Scottish Certificate of Education, 1962
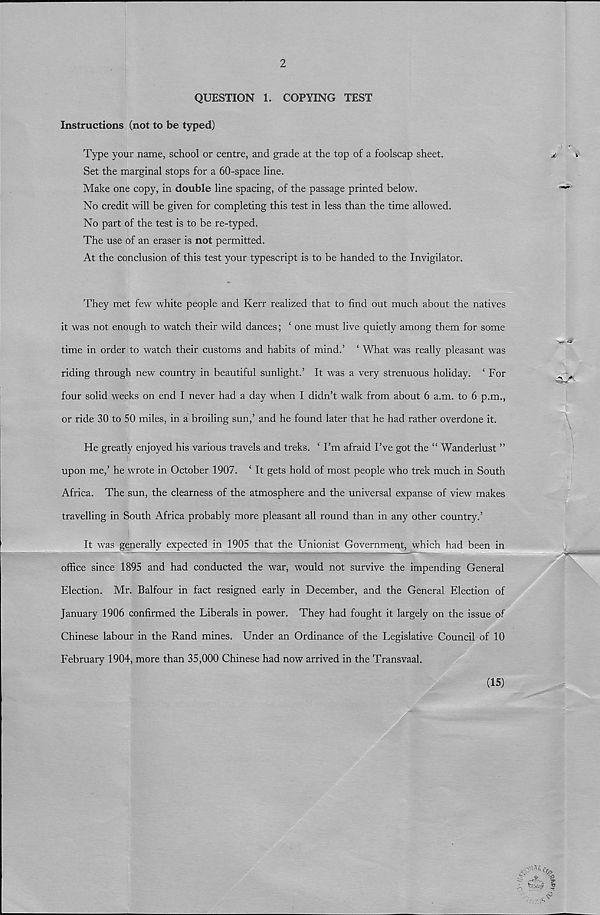
2
QUESTION 1. COPYING TEST
Instructions (not to be typed)
Type your name, school or centre, and grade at the top of a foolscap sheet.
j,
k
Set the marginal stops for a 60-space line.
Make one copy, in double line spacing, of the passage printed below.
^
No credit will be given for completing this test in less than the time allowed.
No part of the test is to be re-typed.
The use of an eraser is not permitted.
At the conclusion of this test your typescript is to be handed to the Invigilator.
They met few white people and Kerr realized that to find out much about the natives
it was not enough to watch their wild dances; ‘ one must live quietly among them for some
time in order to watch their customs and habits of mind.’ £ What was really pleasant was
riding through new country in beautiful sunlight.’ It was a very strenuous holiday. ‘ For
four solid weeks on end I never had a day when I didn’t walk from about 6 a.m. to 6 p.m.,
or ride 30 to 50 miles, in a broiling sun,’ and he found later that he had rather overdone it.
He greatly enjoyed his various travels and treks. ‘ I’m afraid I’ve got the “ Wanderlust ”
upon me,’ he wrote in October 1907. ‘ It gets hold of most people who trek much in South
Africa. The sun, the clearness of the atmosphere and the universal expanse of view makes
travelling in South Africa probably more pleasant all round than in any other country.’
It was generally expected in 1905 that the Unionist Government, which had been in
office since 1895 and had conducted the war, would not survive the impending General
Election. Mr. Balfour in fact resigned early in December, and the General Election of
January 1906 confirmed the Liberals in power. They had fought it largely on the issue of
Chinese labour in the Rand mines. Under an Ordinance of the Legislative Council of 10
February 1904, more than 35,000 Chinese had now arrived in the Transvaal.
(15)